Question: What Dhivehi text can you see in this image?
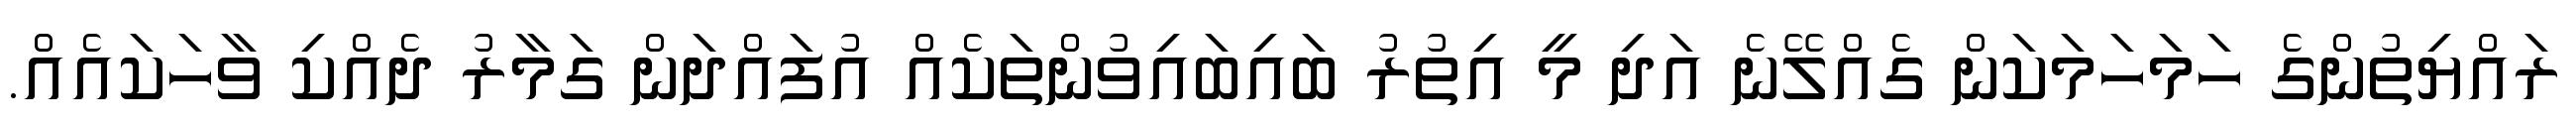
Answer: ރައްޔިތުންގެ ހަމަހަމަކަން ގެއްލޭނެ އަދި މީ އިތުރު ބައިބައިވުންތަކެއް އުފައްދަން ގަމާރު ދެއްކި ވާހަކައެއް.